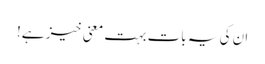
ان کی یہ بات بہت معنی خیز ہے!